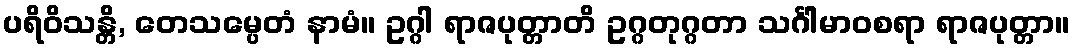
ပရိဝိသန္တိ, တေသမ္ပေတံ နာမံ။ ဥဂ္ဂါ ရာဇပုတ္တာတိ ဥဂ္ဂတုဂ္ဂတာ သင်္ဂါမာဝစရာ ရာဇပုတ္တာ။